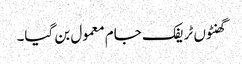
گھنٹوں ٹریفک جام معمول بن گیا۔